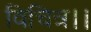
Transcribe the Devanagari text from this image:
विचित्र।।